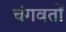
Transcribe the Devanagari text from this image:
चंगवतों